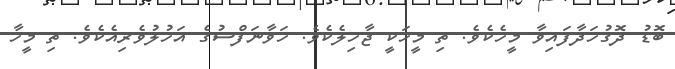
ބޮޑު ދޮގުހަދާފައިވާ މީހެކެވެ. ތި މީހަކީ ޖާހިލެކެވެ. ހަވާނަފްސުގެ އަހުލުވެރިއެކެވެ. ތި މީހާ